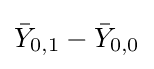
{\bar {Y}}_{0,1}-{\bar {Y}}_{0,0}